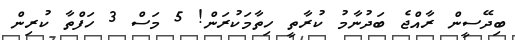
ބިދޭސީން ރާއްޖެ ބަދުނާމު ކުރާތީ ހިތާމަކުރަން! 5 މަސް 3 ހަފްތާ ކުރިން